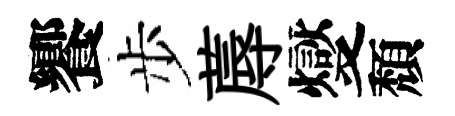
饗步蓐燮頽